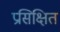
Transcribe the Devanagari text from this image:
प्रसिक्षित